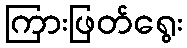
ကြားဖြတ်ရွေး